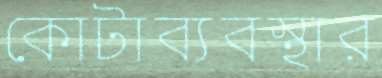
কোটাব্যবস্থার